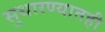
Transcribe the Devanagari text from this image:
सुधारण्यातही